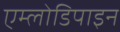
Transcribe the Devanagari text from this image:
एम्लोडिपाइन